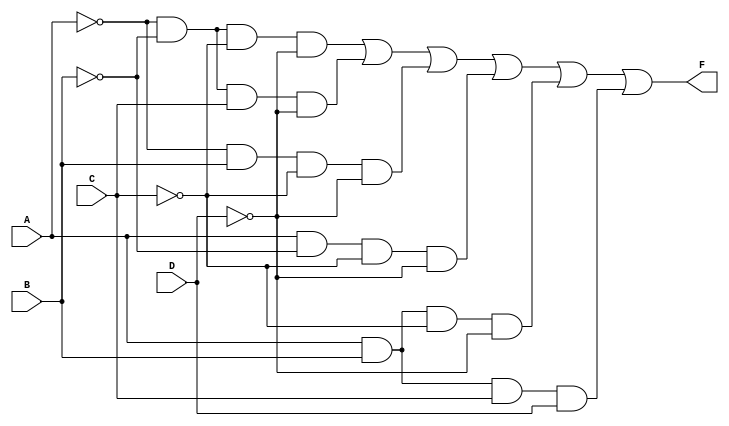
module combinational_logic (
    input wire A,  // Input variable A
    input wire B,  // Input variable B
    input wire C,  // Input variable C
    input wire D,  // Input variable D
    output wire F  // Output of the logic function
);

// Implementing the logic function based on the derived SOP expression
assign F = (~A & ~B & ~C & ~D) |  // A'B'C'D'
           (~A & ~B &  C & ~D) |  // A'B'C'D
           (~A &  B & ~C & ~D) |  // A'BC'D
           ( A & ~B & ~C & ~D) |  // AB'C'D
           ( A &  B & ~C & ~D) |  // ABC'D
           ( A &  B &  C &  D);    // ABCD

endmodule